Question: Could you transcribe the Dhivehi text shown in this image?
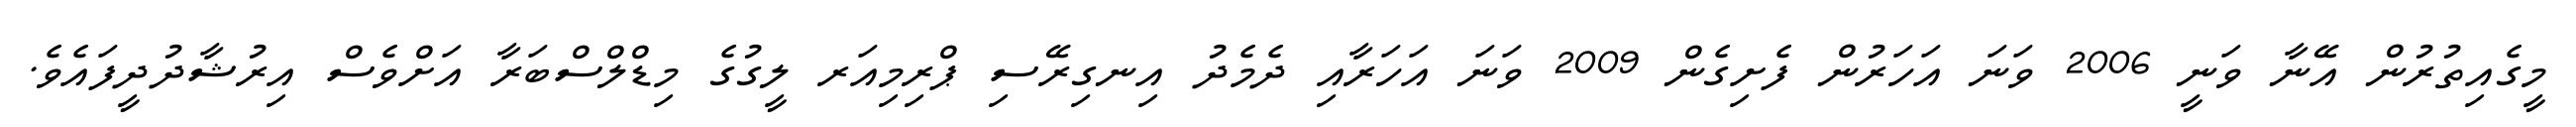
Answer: މީގެއިތުރުން އޭނާ ވަނީ 2006 ވަނަ އަހަރުން ފެށިގެން 2009 ވަނަ އަހަރާއި ދެމެދު އިނގިރޭސި ޕްރިމިއަރ ލީގުގެ މިޑްލްސްބަރާ އަށްވެސް އިރުޝާދުދީފައެވެ.